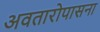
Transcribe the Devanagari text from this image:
अवतारोपासना